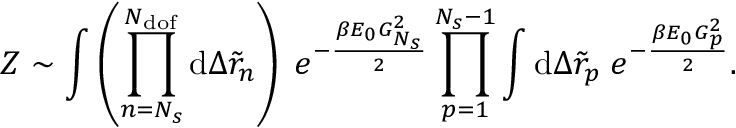
Z \sim \int { \left( \prod _ { n = N _ { s } } ^ { N _ { \mathrm { d o f } } } { \mathrm { d } \Delta \tilde { r } _ { n } } \right) \; e ^ { - \frac { \beta E _ { 0 } G _ { N _ { s } } ^ { 2 } } { 2 } } } \prod _ { p = 1 } ^ { N _ { s } - 1 } { \int { \mathrm { d } \Delta \tilde { r } _ { p } } \; e ^ { - \frac { \beta E _ { 0 } G _ { p } ^ { 2 } } { 2 } } } .